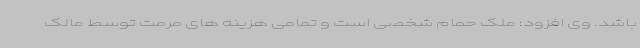
باشد. وی افزود: ملک حمام شخصی است و تمامی هزینه های مرمت توسط مالک